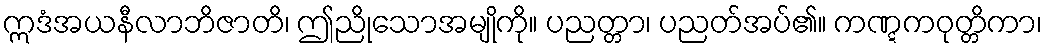
ဣဒံအယနီလာဘိဇာတိ၊ ဤညိုသောအမျိုကို။ ပညတ္တာ၊ ပညတ်အပ်၏။ ကဏ္ဋကဝုတ္တိကာ၊